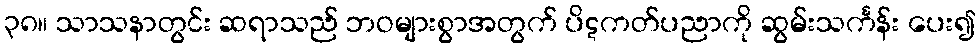
၃၈။ သာသနာတွင်း ဆရာသည် ဘဝများစွာအတွက် ပိဋကတ်ပညာကို ဆွမ်းသင်္ကန်း ပေး၍